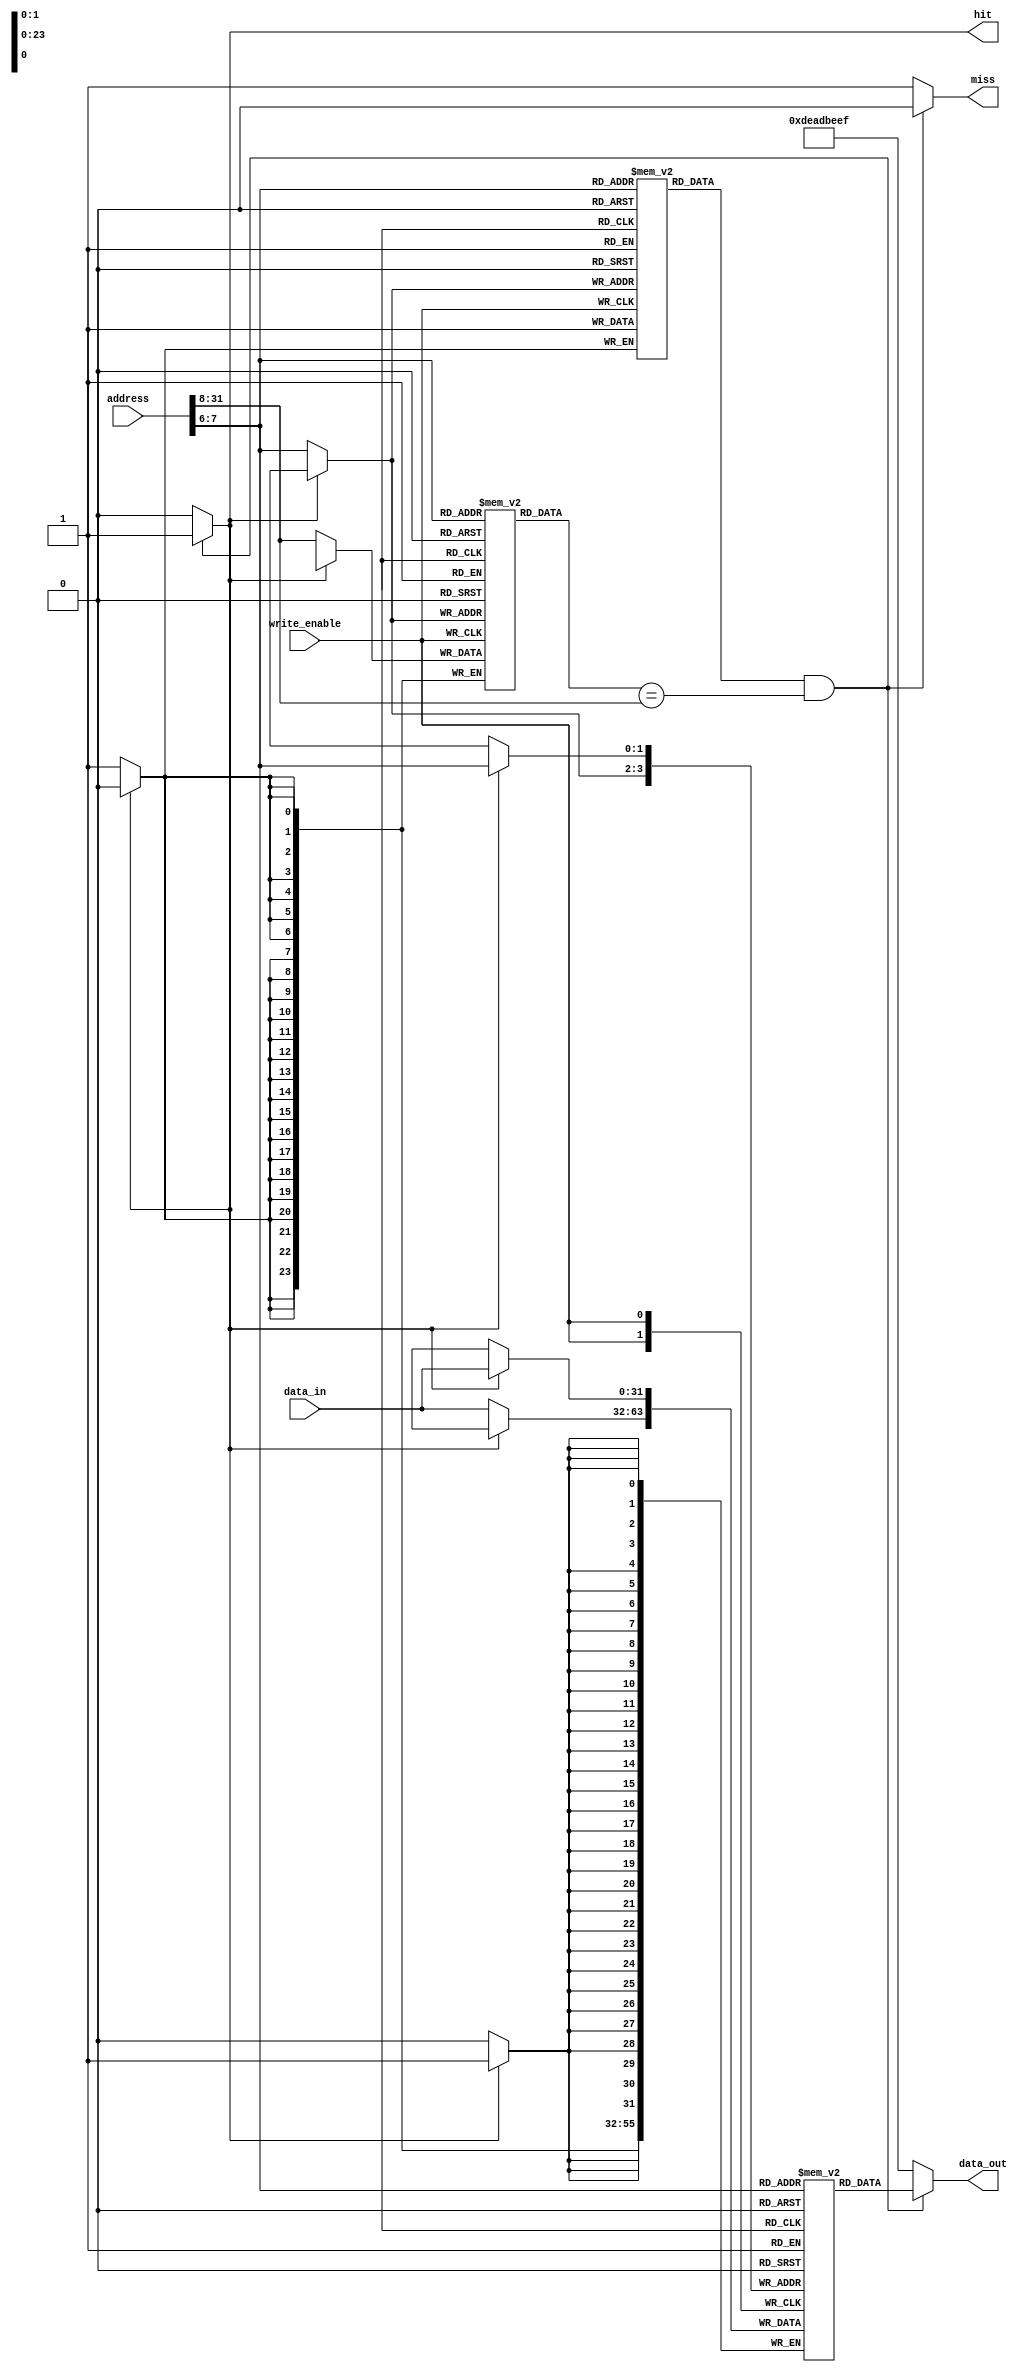
module WriteThroughCache #(parameter CACHE_SIZE = 256,      // Cache size in bytes
                            parameter LINE_SIZE = 64,       // Cache line size in bytes
                            parameter DATA_WIDTH = 32)      // Data width
(
    input wire [31:0] address,             // Address input for read/write
    input wire write_enable,                // Write enable signal
    input wire [DATA_WIDTH-1:0] data_in,   // Data input for write
    output reg [DATA_WIDTH-1:0] data_out,   // Data output for read
    output reg hit,                         // Cache hit indicator
    output reg miss                         // Cache miss indicator
);
    
    localparam NUM_LINES = CACHE_SIZE / LINE_SIZE;  // Number of cache lines
    localparam OFFSET_WIDTH = $clog2(LINE_SIZE);     // Offset width
    localparam INDEX_WIDTH = $clog2(NUM_LINES);      // Index width
    localparam TAG_WIDTH = 32 - INDEX_WIDTH - OFFSET_WIDTH; // Tag width

    // Cache structure
    reg [TAG_WIDTH-1:0] tag [0:NUM_LINES-1];        // Tags for each cache line
    reg [DATA_WIDTH-1:0] data [0:NUM_LINES-1];      // Data for each cache line
    reg valid [0:NUM_LINES-1];                      // Valid bits for each cache line

    // Address fields
    wire [TAG_WIDTH-1:0] tag_input = address[31:INDEX_WIDTH + OFFSET_WIDTH]; // Extract tag from address
    wire [INDEX_WIDTH-1:0] index = address[INDEX_WIDTH + OFFSET_WIDTH - 1:OFFSET_WIDTH]; // Extract index
    wire [OFFSET_WIDTH-1:0] offset = address[OFFSET_WIDTH-1:0]; // Extract offset

    // Read operation
    always @(*) begin
        miss = 1'b0;
        hit = 1'b0;
        data_out = 0;

        // Check if the cache line is valid and the tag matches
        if (valid[index] && (tag[index] == tag_input)) begin
            hit = 1'b1; // Cache hit
            data_out = data[index]; // Read data from cache
        end else begin
            miss = 1'b1; // Cache miss
            // If miss, fetch data from main memory (not implemented here)
            // Placeholder for data fetched from memory
            data_out = 32'hDEADBEEF; // Dummy data, replace with actual memory fetch
        end
    end

    // Write operation
    always @(posedge write_enable) begin
        if (hit) begin
            // On hit, write data to both cache and main memory
            data[index] <= data_in;   // Update cache data
            // Write to main memory (not implemented here)
            // Assume memory write operation happens here
        end else begin
            // Cache miss: load data from memory first (not implemented here)
            // Placeholder for loading data from memory
            tag[index] <= tag_input; // Update tag
            valid[index] <= 1'b1;      // Mark cache line as valid
            data[index] <= data_in;    // Update cache data
            // Write to main memory (not implemented here)
            // Assume memory write operation happens here
        end
    end

endmodule